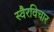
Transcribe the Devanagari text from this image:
स्वैरविचार